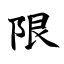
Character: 限